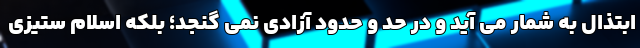
ابتذال به شمار می آید و در حد و حدود آزادی نمی گنجد؛ بلکه اسلام ستیزی